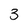
Character: 3